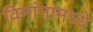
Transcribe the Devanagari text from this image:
विमांनामध्ये